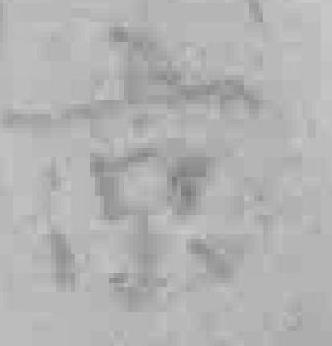
京